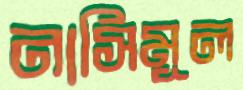
নাসিমূল